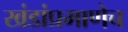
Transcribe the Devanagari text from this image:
खंडांप्रमाणेच